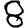
Digit: 8